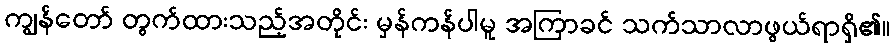
ကျွန်တော် တွက်ထားသည့်အတိုင်း မှန်ကန်ပါမူ အကြာခင် သက်သာလာဖွယ်ရာရှိ၏။